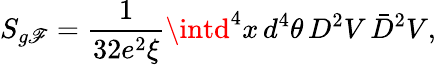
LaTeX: S_{g\mathscr{F}}=\frac{{1}}{{32e^{2}\xi}}\intd^{4}x\, d^{4}\theta\, D^{2}V\, \bar{{D}}^{2}V,